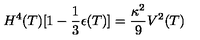
H ^ { 4 } ( T ) [ 1 - \frac { 1 } { 3 } \epsilon ( T ) ] = \frac { \kappa ^ { 2 } } { 9 } V ^ { 2 } ( T )